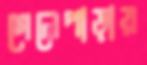
গেলেপাড়ায়